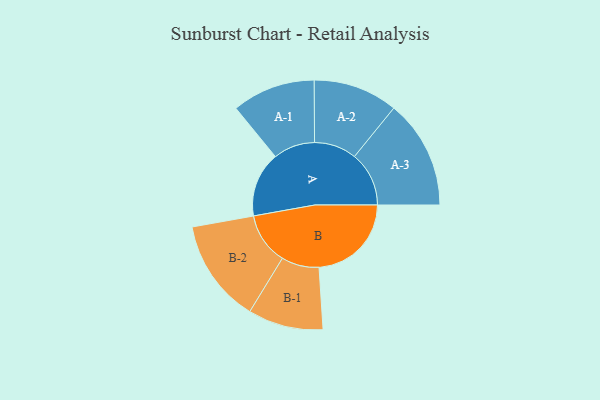
{"axis": {"x": "Segment", "y": "Value"}, "legend": ["", "A", "B"], "data": [{"x": "A", "y": 294, "type": ""}, {"x": "B", "y": 417, "type": ""}, {"x": "A-1", "y": 188, "type": "A"}, {"x": "A-2", "y": 191, "type": "A"}, {"x": "A-3", "y": 246, "type": "A"}, {"x": "B-1", "y": 170, "type": "B"}, {"x": "B-2", "y": 234, "type": "B"}]}